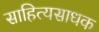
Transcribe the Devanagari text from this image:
साहित्यसाधक